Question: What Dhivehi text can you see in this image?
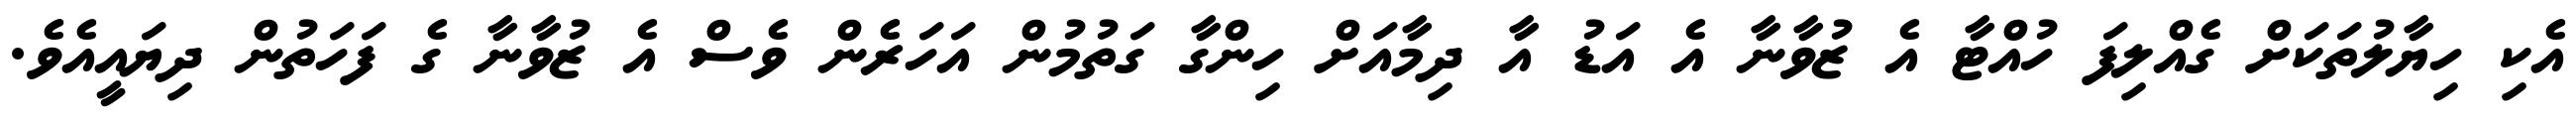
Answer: އެކި ހިޔާލުތަކަށް ގެއްލިފަ ހުއްޓާ އެ ޒުވާނާ އެ އަޑު އާ ދިމާއަށް ހިންގާ ގަތުމުން އަހަރެން ވެސް އެ ޒުވާނާ ގެ ފަހަތުން ދިޔައީއެވެ.